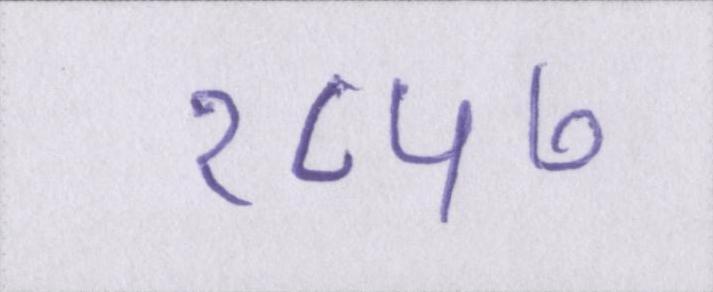
१८५७